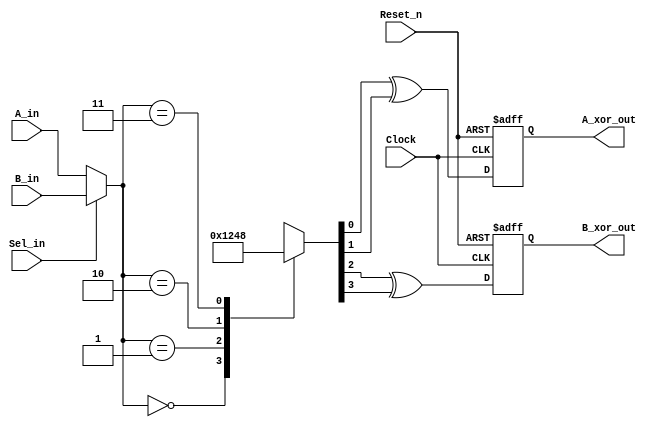
//
`timescale 1ns / 100ps

//module, 
module HelloVlog ( Clock, Reset_n, A_in, B_in, Sel_in, A_xor_out, B_xor_out ); 

//
input Clock;
input Reset_n;
input [1:0] A_in;
input [1:0] B_in;
input Sel_in;
output A_xor_out;
output B_xor_out;

//
wire A_xor_wire;
wire B_xor_wire;
wire [1:0] result;
reg eq0, eq1, eq2, eq3;
reg A_xor_out;
reg B_xor_out;

//, DFF_A
always @ (posedge Clock or negedge Reset_n)
    if (~Reset_n)
        A_xor_out <= 0;
    else
        A_xor_out <= A_xor_wire;

//, DFF_B
always @ (posedge Clock or negedge Reset_n)
    if (~Reset_n)
        B_xor_out <= 0;
    else
        B_xor_out <= B_xor_wire;

//, XOR_A
assign #1 A_xor_wire = eq0 ^ eq1 ;

//, XOR_B
xor #1 XOR_B ( B_xor_wire, eq2, eq3 );

//, MUX2
assign #3 result = (Sel_in) ? B_in : A_in;

//, DECODE2
always @ ( result )
begin
    case ( result )
    2'b00 : begin 
            {eq3, eq2, eq1, eq0} = #2 4'b0001 ;
            $display ("At time %t - ",$time,"eq0 = 1");
        end
    2'b01 : begin 
            {eq3, eq2, eq1, eq0} = #2 4'b0010 ;
            $display ("At time %t - ",$time,"eq1 = 1");
        end
    2'b10 : begin 
            {eq3, eq2, eq1, eq0} = #2 4'b0100 ;
            $display ("At time %t - ",$time,"eq2 = 1");
        end
    2'b11 : begin 
            {eq3, eq2, eq1, eq0} = #2 4'b1000 ;
            $display ("At time %t - ",$time,"eq3 = 1");
        end
    default : ;    
    endcase
end

//module
endmodule